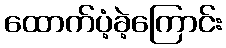
ထောက်ပံ့ခဲ့ကြောင်း